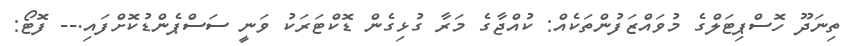
ތިނަދޫ ހޮސްޕިޓަލްގެ މުވައްޒަފުންތަކެއް: ކުއްޖާގެ މަރާ ގުޅިގެން ޑޮކްޓަރަކު ވަނީ ސަސްޕެންޑުކޮށްފައި.-- ފޮޓޯ: